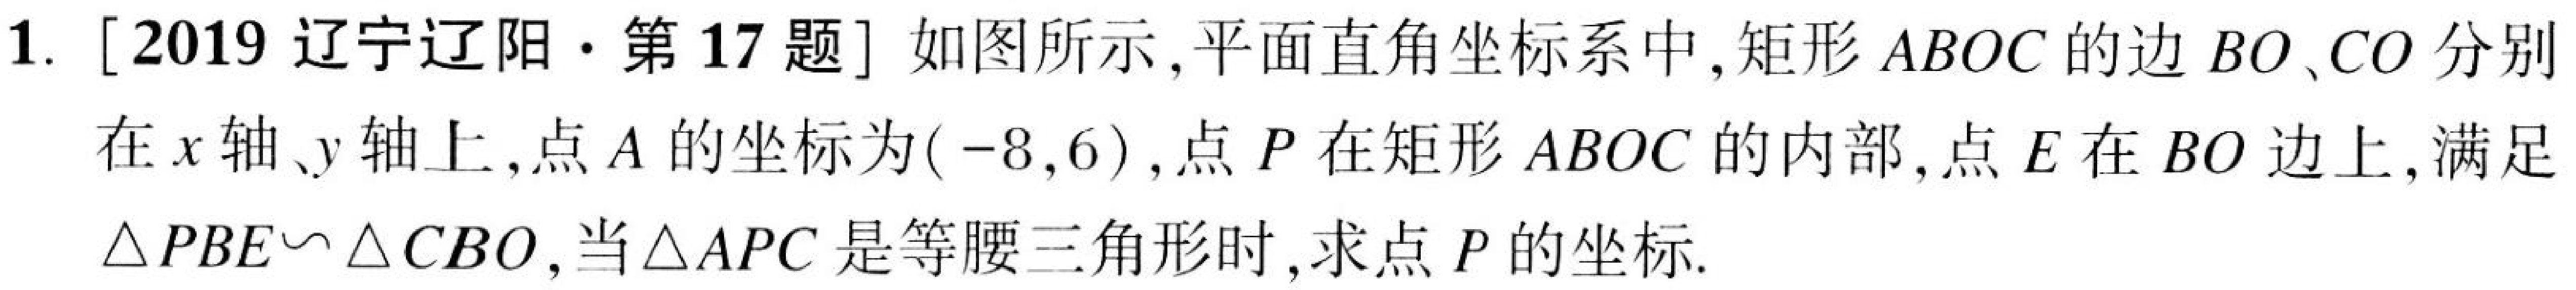
1. [2019辽宁辽阳·第17题]如图所示，平面直角坐标系中，矩形\(ABOC\)的边\(BO\)、\(CO\)分别在\(x\)轴、\(y\)轴上，点\(A\)的坐标为\((-8,6)\)，点\(P\)在矩形\(ABOC\)的内部，点\(E\)在\(BO\)边上，满足\(\triangle PBE\sim\triangle CBO\)，当\(\triangle APC\)是等腰三角形时，求点\(P\)的坐标.